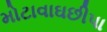
મોટાવાઘછીપા